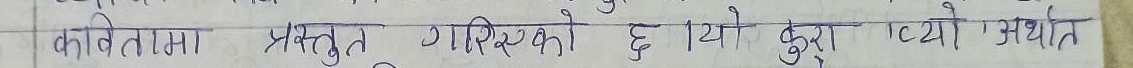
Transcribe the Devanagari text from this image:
कवितामा प्रस्तुत गरिएको छ यो कुरा ‘प्यो’ अर्थात्